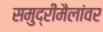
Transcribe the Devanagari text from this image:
समुद्रीमैलांवर